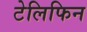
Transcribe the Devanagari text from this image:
टेलिफिन